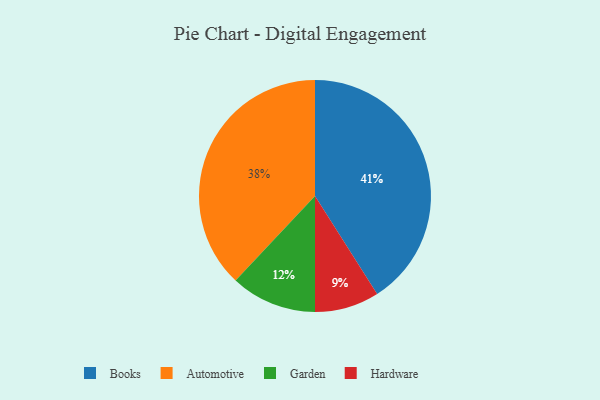
{"axis": {"x": "Category", "y": "Percentage"}, "legend": ["Automotive", "Books", "Garden", "Hardware"], "data": [{"x": "Garden", "y": 12, "type": "Garden"}, {"x": "Hardware", "y": 9, "type": "Hardware"}, {"x": "Automotive", "y": 38, "type": "Automotive"}, {"x": "Books", "y": 41, "type": "Books"}]}